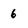
Character: 6